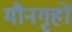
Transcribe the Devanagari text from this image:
मौनगृहों